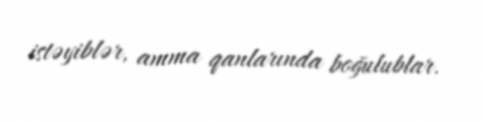
istəyiblər, amma qanlarında boğulublar.